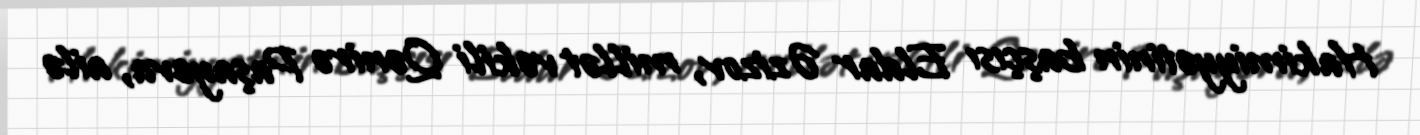
Hakimiyyətinin başçısı Eldar Əzizov, millət vəkili Qənirə Paşayeva, ailə